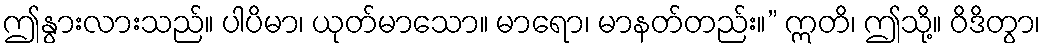
ဤနွားလားသည်။ ပါပိမာ၊ ယုတ်မာသော။ မာရော၊ မာနတ်တည်း။” ဣတိ၊ ဤသို့။ ဝိဒိတွာ၊